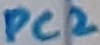
Text: PC2